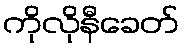
ကိုလိုနီခေတ်